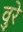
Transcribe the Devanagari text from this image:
वुरे